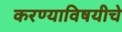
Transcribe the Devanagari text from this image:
करण्याविषयीचे